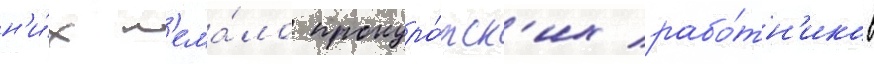
н'и́х н'ема́ло прокуро́рск'их рабо́тн'иков